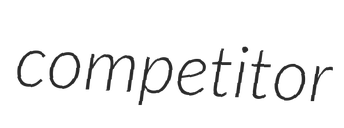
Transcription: competitor